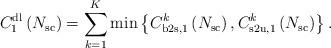
LaTeX: \begin{align*}C^{\mathrm{dl}}_{1}\left( N_{\mathrm{sc}} \right) = \sum_{k=1}^K \min \left\lbrace C^k_{\mathrm{b2s},1}\left( N_{\mathrm{sc}} \right), C^k_{\mathrm{s2u},1}\left( N_{\mathrm{sc}} \right) \right\rbrace.\end{align*}